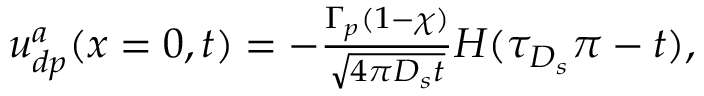
\begin{array} { r } { u _ { d p } ^ { a } ( x = 0 , t ) = - \frac { \Gamma _ { p } ( 1 - \chi ) } { \sqrt { 4 \pi D _ { s } t } } H ( \tau _ { D _ { s } } \pi - t ) , } \end{array}